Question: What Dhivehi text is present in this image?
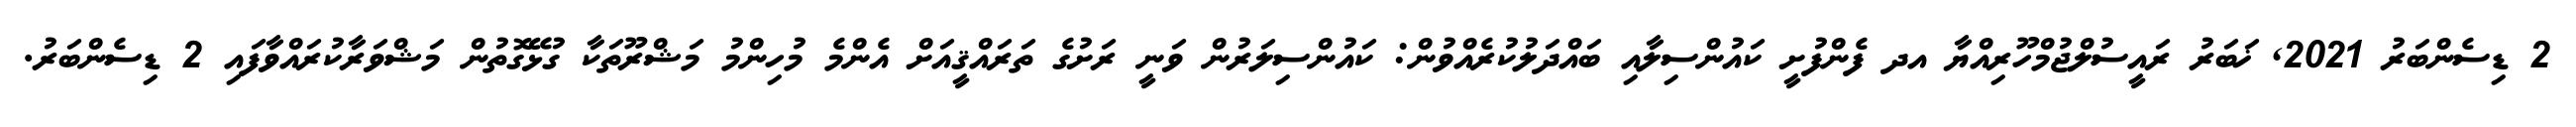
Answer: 2 ޑިސެންބަރު 2021, ޚަބަރު ރައީސުލްޖުމްހޫރިއްޔާ އދ ފެންފުށީ ކައުންސިލާއި ބައްދަލުކުރެއްވުން: ކައުންސިލަރުން ވަނީ ރަށުގެ ތަރައްޤީއަށް އެންމެ މުހިންމު މަޝްރޫތަކާ ގުޅޭގޮތުން މަޝްވަރާކުރައްވާފައި 2 ޑިސެންބަރު.